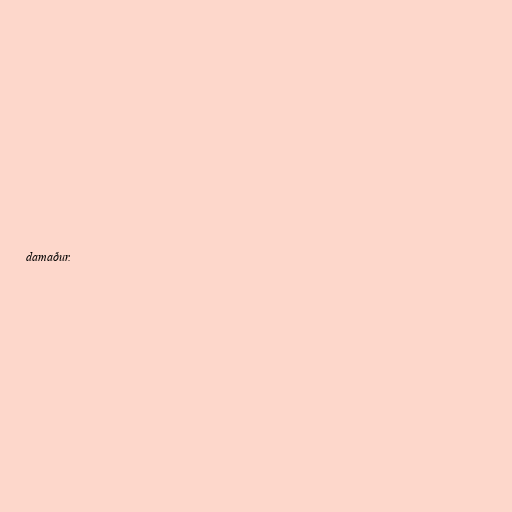
damaður.